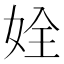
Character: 姾